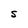
Character: S